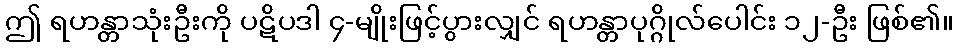
ဤ ရဟန္တာသုံးဦးကို ပဋိပဒါ ၄-မျိုးဖြင့်ပွားလျှင် ရဟန္တာပုဂ္ဂိုလ်ပေါင်း ၁၂-ဦး ဖြစ်၏။